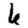
Digit: 6